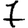
Digit: 7